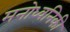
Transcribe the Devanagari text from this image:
मनोध्वनिकी